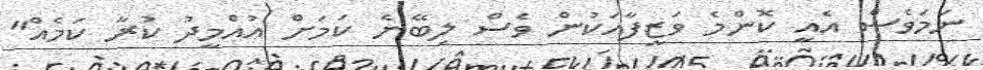
ނަމަވެސް އެއީ ކޮންމެ ވަޒީފާއަކުން ވެސް ލިބޭނެ ކަމަށް އުއްމީދު ކުރާ ކަމެއް"